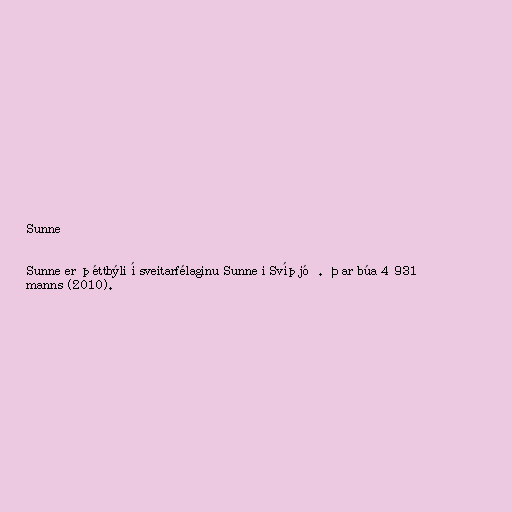
Sunne

Sunne er þéttbýli í sveitarfélaginu Sunne i Svíþjóð. Þar búa 4 931
manns (2010).